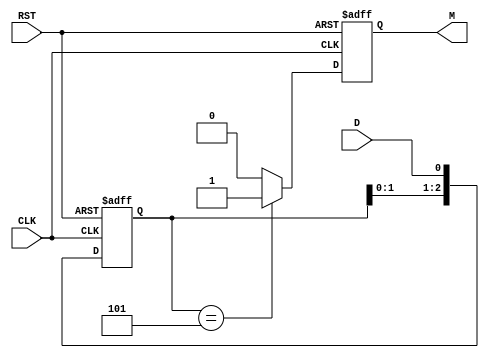
module pattern_detector (
    input wire D,         // Data Input
    input wire CLK,       // Clock Input
    input wire RST,       // Reset Input
    output reg M          // Match Output
);

    // Define the pattern to detect
    parameter PATTERN = 3'b101; // Change this to the desired pattern
    parameter PATTERN_LENGTH = 3; // Length of the pattern

    // State registers
    reg [PATTERN_LENGTH-1:0] state;

    // Asynchronous reset and state update on clock edge
    always @(posedge CLK or posedge RST) begin
        if (RST) begin
            state <= 0; // Reset state
            M <= 0;     // Reset Match output
        end else begin
            // Shift the state left and input new data
            state <= {state[PATTERN_LENGTH-2:0], D};

            // Check if the current state matches the pattern
            if (state == PATTERN)
                M <= 1; // Set Match output
            else
                M <= 0; // Clear Match output
        end
    end

endmodule